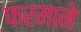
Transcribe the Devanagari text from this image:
फरमाने